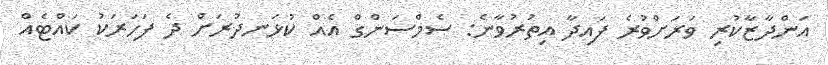
އަންދާޒާކުރި ވަރަށްވުރެ ފައިދާ އިތުރުވާނެ: ސެމްސަންގް އެއް ކުޅަނދުރަށް ދެ ފަހަރަކު ކައްޓެއް